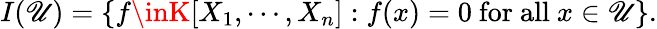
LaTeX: I(\mathscr{U})=\{ f\inK[X_{1},\cdots,X_{n}]:f(x)=0{\mathrm{{~for~all~}}}x\in\mathscr{U}\} .